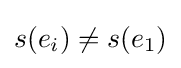
s(e_{i})\neq s(e_{1})